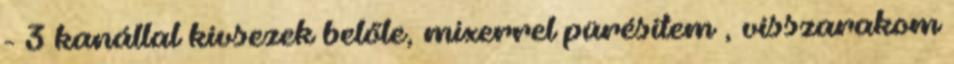
- 3 kanállal kivsezek belőle, mixerrel pürésitem , visszarakom